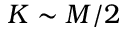
K \sim M / 2